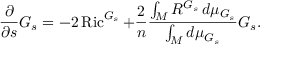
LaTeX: { \frac { \partial } { \partial s } } G _ { s } = - 2 \operatorname { R i c } ^ { G _ { s } } + { \frac { 2 } { n } } { \frac { \int _ { M } R ^ { G _ { s } } \, d \mu _ { G _ { s } } } { \int _ { M } d \mu _ { G _ { s } } } } G _ { s } .